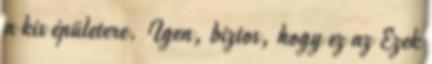
a kis épületere. Igen, biztos, hogy ez az Ezek